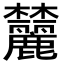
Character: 𬅛